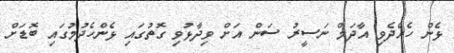
ޅެން ހެއްދެވި އާދަމް ނަސީރު ސަން އަށް ވިދާޅުވި ގޮތުގައި ޅެންހެދުމުގައި ބޮޑަށް